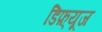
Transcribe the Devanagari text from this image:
डिफ़्यूज